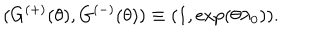
( G ^ { ( + ) } ( \theta ) , G ^ { ( - ) } ( \theta ) ) \equiv ( 1 , \exp ( \theta \lambda _ { 0 } ) ) .